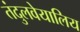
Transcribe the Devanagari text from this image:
तंदुलवेयालिय